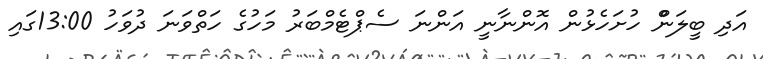
އަދި ބީލަންް ހުށަހެޅުން އޮންނާނީ އަންނަ ސެޕްޓެމްބަރު މަހުގެ ހަތްވަނަ ދުވަހު 13:00ގައި